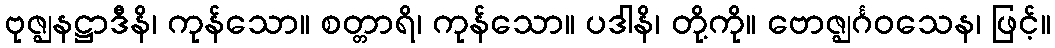
ဗုဇ္ဈနဋ္ဌာဒီနိ၊ ကုန်သော။ စတ္တာရိ၊ ကုန်သော။ ပဒါနိ၊ တို့ကို။ ဗောဇ္ဈင်္ဂဝသေန၊ ဖြင့်။